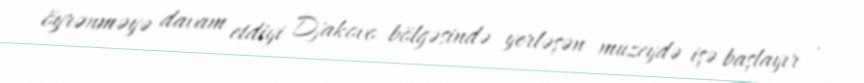
öyrənməyə davam etdiyi Djakovo bölgəsində yerləşən muzeydə işə başlayır .